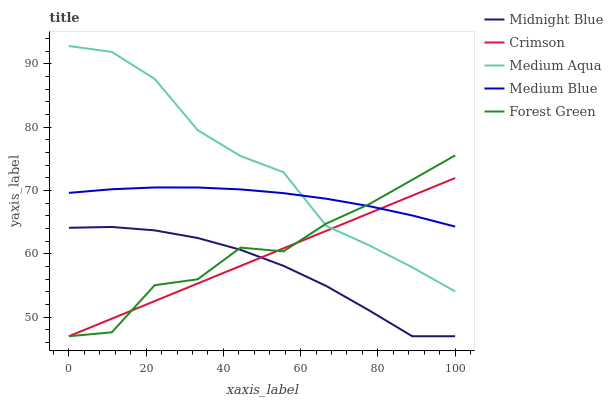
| xaxis_label | Midnight Blue | Crimson | Medium Aqua | Medium Blue | Forest Green |
 | --- | --- | --- | --- | --- | --- |
 | 0 | 64.1 | 47 | 92.8 | 69.6 | 47 |
 | 11.1 | 64.3 | 49.8 | 91.9 | 70.2 | 47.6 |
 | 22.2 | 63.7 | 52.6 | 87.6 | 70.5 | 55.1 |
 | 33.3 | 62.5 | 55.3 | 79.6 | 70.5 | 56 |
 | 44.4 | 60.7 | 58.1 | 75.5 | 70.2 | 61 |
 | 55.6 | 58.1 | 60.9 | 72.9 | 69.6 | 60.4 |
 | 66.7 | 54.9 | 63.7 | 64.4 | 68.7 | 64.8 |
 | 77.8 | 51.1 | 66.4 | 61.4 | 67.5 | 67.9 |
 | 88.9 | 47 | 69.2 | 57.9 | 66.1 | 71.7 |
 | 100 | 47 | 72 | 54.1 | 64.3 | 75.6 |